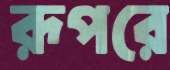
রূপরে